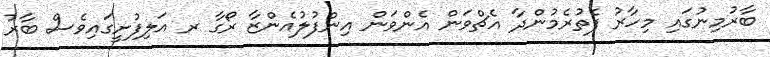
ބާރުމިނުގައި މިހާރު ފެތުރެމުންދާ އެޗްވަން އެންވަން އިންފުލުއެންޒާ ރޯގާ ރ އަލިފުށީގައިވެސް ބާރު